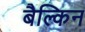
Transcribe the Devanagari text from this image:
बैल्किन